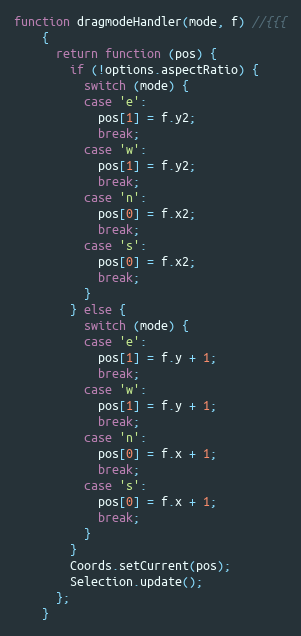
Language: JavaScript
function dragmodeHandler(mode, f) //{{{
    {
      return function (pos) {
        if (!options.aspectRatio) {
          switch (mode) {
          case 'e':
            pos[1] = f.y2;
            break;
          case 'w':
            pos[1] = f.y2;
            break;
          case 'n':
            pos[0] = f.x2;
            break;
          case 's':
            pos[0] = f.x2;
            break;
          }
        } else {
          switch (mode) {
          case 'e':
            pos[1] = f.y + 1;
            break;
          case 'w':
            pos[1] = f.y + 1;
            break;
          case 'n':
            pos[0] = f.x + 1;
            break;
          case 's':
            pos[0] = f.x + 1;
            break;
          }
        }
        Coords.setCurrent(pos);
        Selection.update();
      };
    }